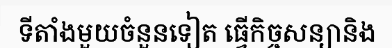
ទីតាំងមួយចំនួនទៀត ធ្វើកិច្ចសន្យានិង